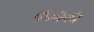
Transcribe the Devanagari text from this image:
कज़ाकी